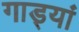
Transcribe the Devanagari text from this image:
गाड्यां